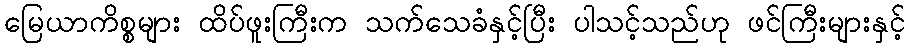
မြေယာကိစ္စများ ထိပ်ဖူးကြီးက သက်သေခံနှင့်ပြီး ပါသင့်သည်ဟု ဖင်ကြီးများနှင့်